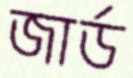
জার্ড